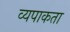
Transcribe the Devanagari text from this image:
व्यपाकता